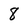
Character: 8